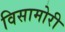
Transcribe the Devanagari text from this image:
विसामोरी